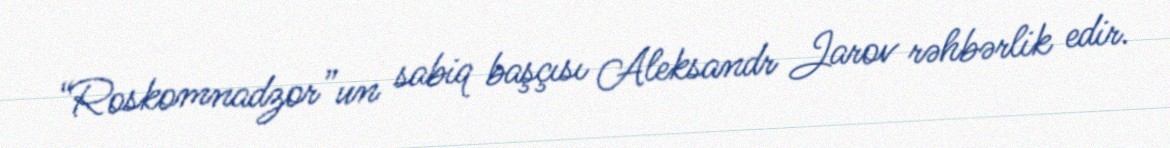
“Roskomnadzor”un sabiq başçısı Aleksandr Jarov rəhbərlik edir.